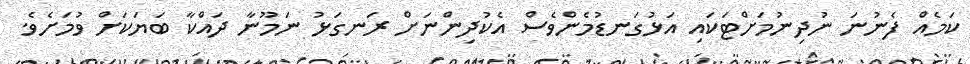
ކަމެއް ފެނުނަ ނުދިނުމަށްޓަކައި އަޅުގަނޑުމެންވެސް އެކުދިންނަށް ރަނގަޅު ނަމޫނާ ދައްކާ ބަޔަކަށް ވުމަށެވެ.